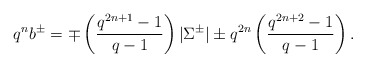
\begin{align*}q^nb^\pm=\mp \left(\frac{q^{2n+1}-1}{q-1}\right)|\Sigma^\pm|\pm q^{2n}\left(\frac{q^{2n+2}-1}{q-1}\right).\end{align*}